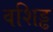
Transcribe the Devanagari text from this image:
वशिड्ढ